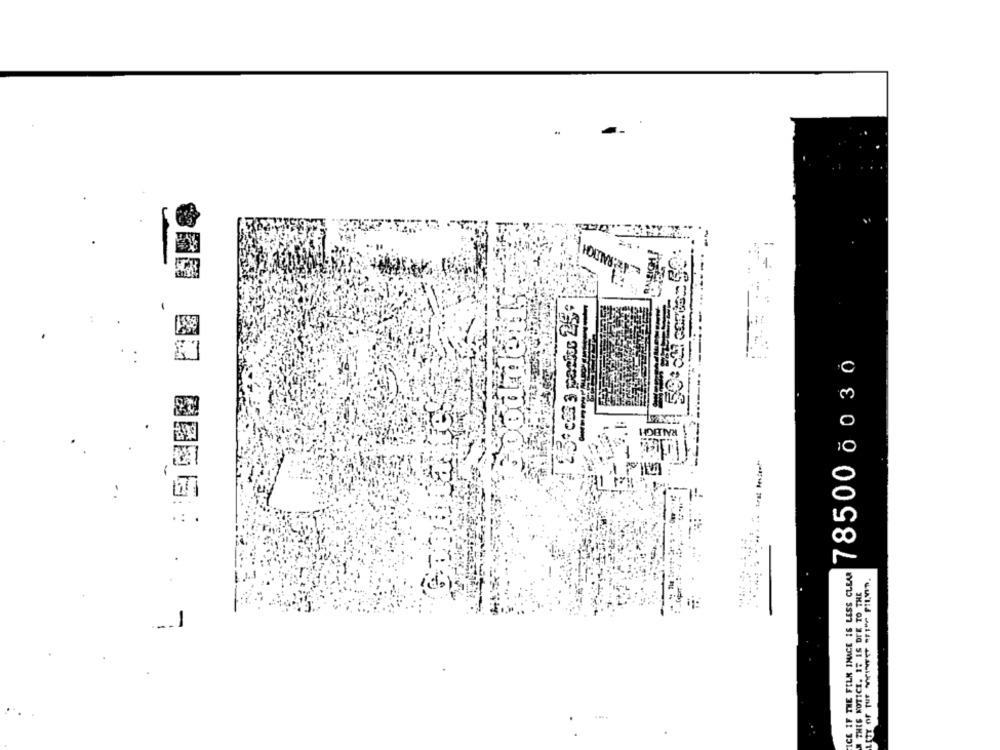
HOLT:RP
:09
2.5t cat 3 pastos 25
-
785000030
RALEIGH
=
ICE IF THE FILM INACE IS LESS CLEAR
THIS NOTICE. IT IS DUE TO THE
1
--